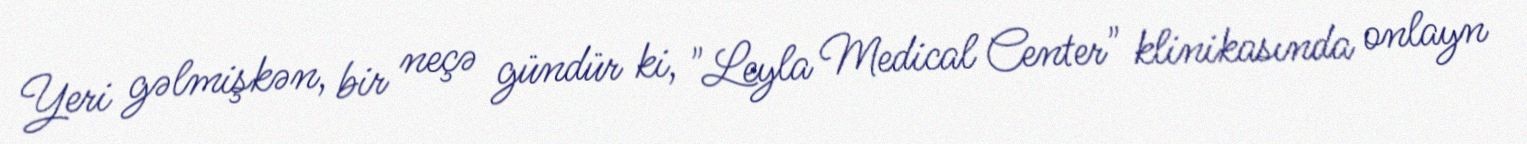
Yeri gəlmişkən, bir neçə gündür ki, "Leyla Medical Center" klinikasında onlayn